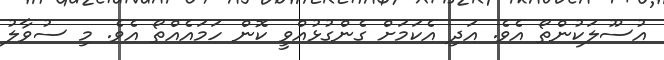
އުސޫލަކުންތޯ އެވެ. އަދި އެކަމަށް ގެންގުޅުއްވީ ކޮން ހަމައެއްތޯ އެވެ. މި ސުވާލު